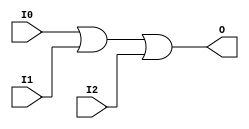
module X_OR3 (O, I0, I1, I2);

  parameter LOC = "UNPLACED";
  output O;
  input I0, I1, I2;

  or (O, I0, I1, I2);

  specify

	(I0 => O) = (0:0:0, 0:0:0);
	(I1 => O) = (0:0:0, 0:0:0);
	(I2 => O) = (0:0:0, 0:0:0);

	specparam PATHPULSE$ = 0;

  endspecify

endmodule